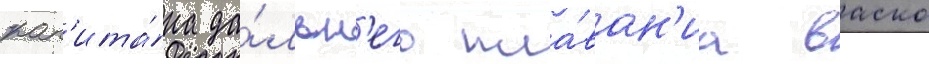
кап'ита́на да́льн'его пла́ван'иа васко